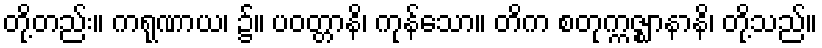
တို့တည်း။ ကရုဏာယ၊ ၌။ ပဝတ္တာနိ၊ ကုန်သော။ တိက စတုက္ကဇ္ဈာနာနိ၊ တို့သည်။